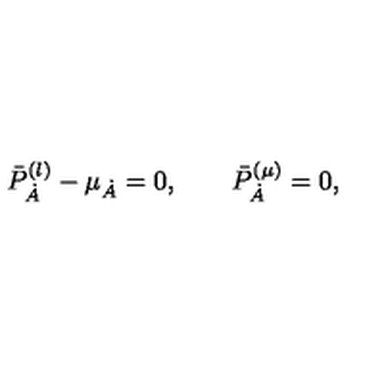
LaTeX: \bar { P } _ { \dot { A } } ^ { ( \l ) } - \mu _ { \dot { A } } = 0 , \qquad \bar { P } _ { \dot { A } } ^ { ( \mu ) } = 0 ,